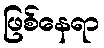
ဖြစ်နေရာ